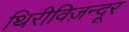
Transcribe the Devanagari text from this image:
थिरीविज़न्दूर